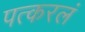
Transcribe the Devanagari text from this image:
पत्करलं